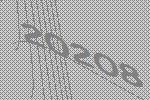
20208